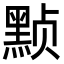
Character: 𬹕